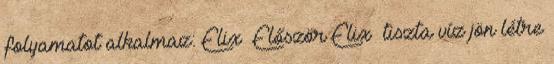
folyamatot alkalmaz: Elix® Először Elix® tiszta víz jön létre